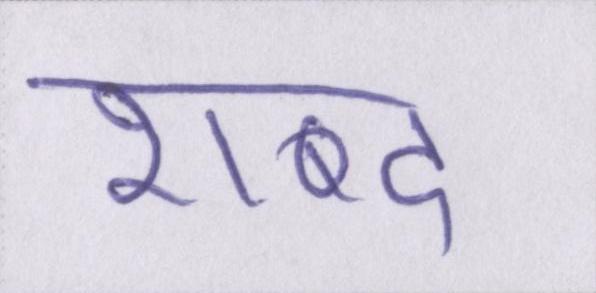
शब्द